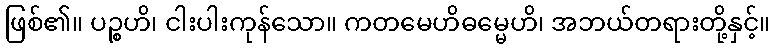
ဖြစ်၏။ ပဉ္စဟိ၊ ငါးပါးကုန်သော။ ကတမေဟိဓမ္မေဟိ၊ အဘယ်တရားတို့နှင့်။